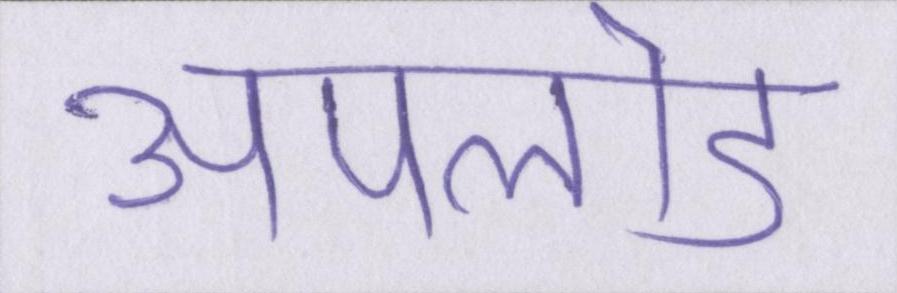
अपलोड